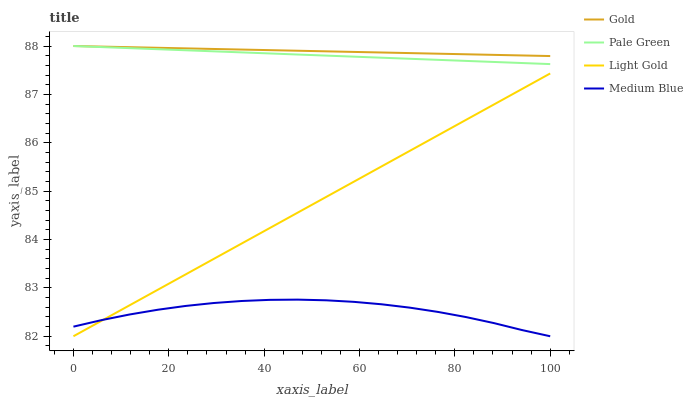
| xaxis_label | Gold | Pale Green | Light Gold | Medium Blue |
 | --- | --- | --- | --- | --- |
 | 0 | 88 | 88 | 82 | 82.2 |
 | 5.88 | 88 | 88 | 82.3 | 82.3 |
 | 11.8 | 88 | 88 | 82.6 | 82.4 |
 | 17.6 | 88 | 87.9 | 83 | 82.5 |
 | 23.5 | 88 | 87.9 | 83.3 | 82.6 |
 | 29.4 | 87.9 | 87.9 | 83.6 | 82.7 |
 | 35.3 | 87.9 | 87.9 | 83.9 | 82.7 |
 | 41.2 | 87.9 | 87.8 | 84.2 | 82.8 |
 | 47.1 | 87.9 | 87.8 | 84.6 | 82.8 |
 | 52.9 | 87.9 | 87.8 | 84.9 | 82.7 |
 | 58.8 | 87.9 | 87.8 | 85.2 | 82.7 |
 | 64.7 | 87.9 | 87.8 | 85.5 | 82.7 |
 | 70.6 | 87.9 | 87.7 | 85.8 | 82.6 |
 | 76.5 | 87.8 | 87.7 | 86.2 | 82.5 |
 | 82.4 | 87.8 | 87.7 | 86.5 | 82.4 |
 | 88.2 | 87.8 | 87.7 | 86.8 | 82.3 |
 | 94.1 | 87.8 | 87.6 | 87.1 | 82.1 |
 | 100 | 87.8 | 87.6 | 87.4 | 82 |